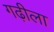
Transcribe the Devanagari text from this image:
गढ़ीला